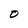
Character: O